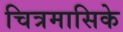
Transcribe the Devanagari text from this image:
चित्रमासिके